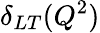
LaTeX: \delta_{LT}(Q^{2})